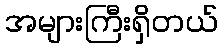
အများကြီးရှိတယ်